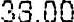
38.00